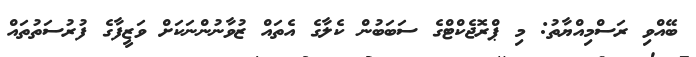
ބޭއްވި ރަސްމިއްޔާތު: މި ޕްރޮޖެކްޓްގެ ސަބަބުން ކެލާގެ އެތައް ޒުވާނުންނަކަށް ވަޒީފާގެ ފުރުސަތުތައް